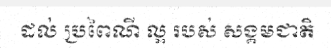
ដល់ ប្រពៃណី ល្អ របស់ សង្គមជាតិ